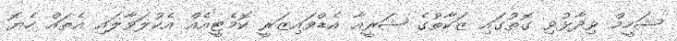
ޝަހީމް ވިދާޅުވި ގޮތުގައި ޒަކާތުގެ ޝަރީއާ އެޑްވައިޒަރީ ކޮމެޓީއެއް އެކުލަވާލައި އެތައް ހެޔޮ